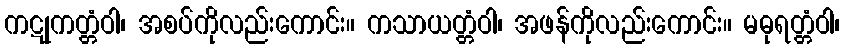
ကဋုကတ္တံဝါ၊ အစပ်ကိုလည်းကောင်း။ ကသာယတ္တံဝါ၊ အဖန်ကိုလည်းကောင်း။ မဓုရတ္တံဝါ၊